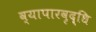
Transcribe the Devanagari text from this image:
व्यापारवृद्धि